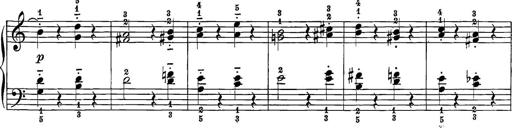
Title: 12 Sonatine per Pianoforte
Composer: Friedrich Kuhlau